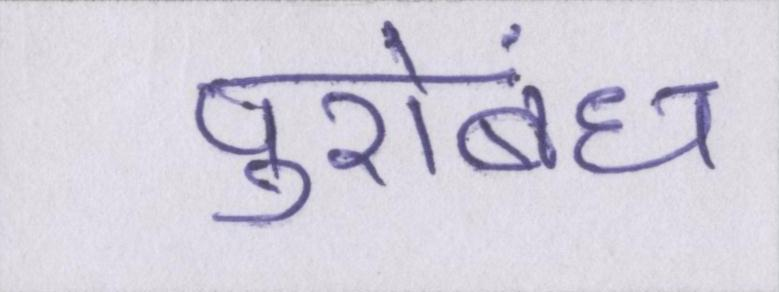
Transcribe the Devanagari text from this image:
पुरोबंध